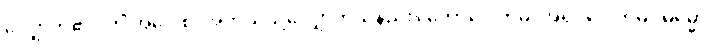
လျှောက်၏။ ကိံ အဝေါစ၊ အဘယ်သို့လျှောက်သနည်း။ ဘောဂေါတမ၊ အရှင်ဂေါတမ။ ဓမ္မော၊